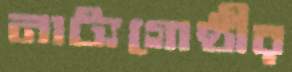
নাট্যগোষ্ঠীর